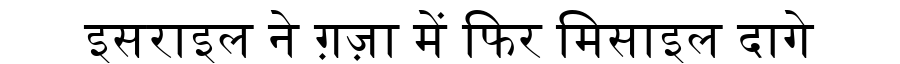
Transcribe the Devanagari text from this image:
इसराइल ने ग़ज़ा में फिर मिसाइल दागे